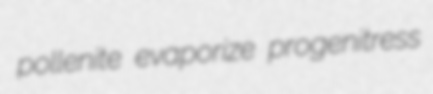
pollenite evaporize progenitress